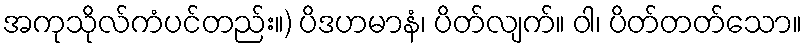
အကုသိုလ်ကံပင်တည်း။) ပိဒဟမာနံ၊ ပိတ်လျက်။ ဝါ၊ ပိတ်တတ်သော။